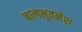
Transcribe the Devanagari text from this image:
बालभुवनेश